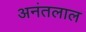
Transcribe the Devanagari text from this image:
अनंतलाल